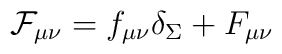
{\cal F}_{\mu\nu}=f_{\mu\nu}\delta_\Sigma+F_{\mu\nu}